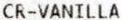
CR-VANILLA